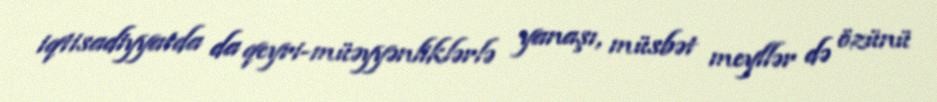
iqtisadiyyatda da qeyri-müəyyənliklərlə yanaşı, müsbət meyllər də özünü